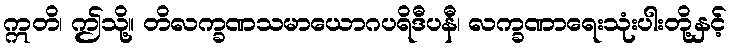
ဣတိ၊ ဤသို့။ တိလက္ခဏသမာယောဂပရိဒီပနီ၊ လက္ခဏာရေးသုံးပါးတို့နှင့်